Scottish Leaving Certificate Examination, 1953
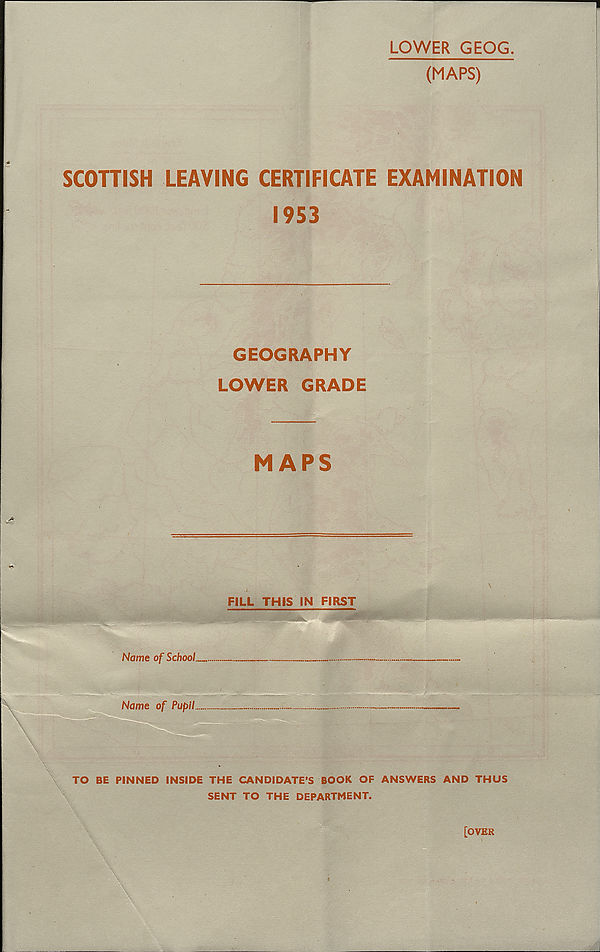
LOWER GEOG.
(MAPS)
SCOTTISH LEAVING CERTIFICATE EXAMINATION
1953
GEOGRAPHY
LOWER GRADE
MAPS
FILL THIS IN FIRST
Name of School.
Name of Pupil